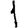
Digit: 1